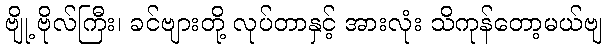
ဗျို့ ဗိုလ်ကြီး၊ ခင်ဗျားတို့ လုပ်တာနှင့် အားလုံး သိကုန်တော့မယ်ဗျ